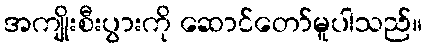
အကျိုးစီးပွားကို ဆောင်တော်မူပါသည်။